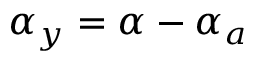
\alpha _ { y } = \alpha - \alpha _ { a }